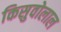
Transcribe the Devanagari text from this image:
किसुवोलाल